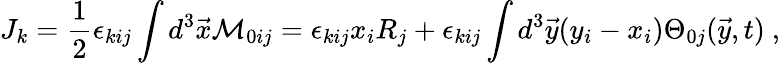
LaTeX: J_{k}={\frac{1}{2}}\epsilon_{kij}\int d^{3}\vec{x}{\cal M}_{0ij}=\epsilon_{kij}x_{i}R_{j}+\epsilon_{kij}\int d^{3}\vec{y}(y_{i}-x_{i})\Theta_{0j}(\vec{y},t)~,